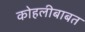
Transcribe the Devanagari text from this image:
कोहलीबाबत